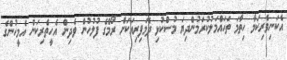
އެކަނިވެރިކަމާ ހިތާމަ ތަހައްމަލުކުރަމުންދިޔަ މުސްކުޅި ދެމަފިރިއަކަށް ރޯމްގެ ފުލުހުން ވެދިން އެހީތެރިކަން އެމީހުންގެ